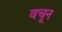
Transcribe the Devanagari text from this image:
वचून